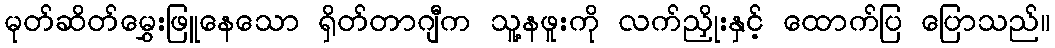
မုတ်ဆိတ်မွှေးဖြူနေသော ရှိတ်တာဂျီက သူ့နဖူးကို လက်ညှိုးနှင့် ထောက်ပြ ပြောသည်။